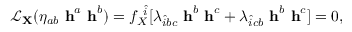
\begin{array} { r } { \mathcal { L } _ { { \bf X } } ( \eta _ { a b } \mathrm { { \bf ~ h } } ^ { a } \mathrm { { \bf ~ h } } ^ { b } ) = f _ { X } ^ { ~ \hat { i } } [ \lambda _ { \hat { i } b c } \mathrm { { \bf ~ h } } ^ { b } \mathrm { { \bf ~ h } } ^ { c } + \lambda _ { \hat { i } c b } \mathrm { { \bf ~ h } } ^ { b } \mathrm { { \bf ~ h } } ^ { c } ] = 0 , } \end{array}